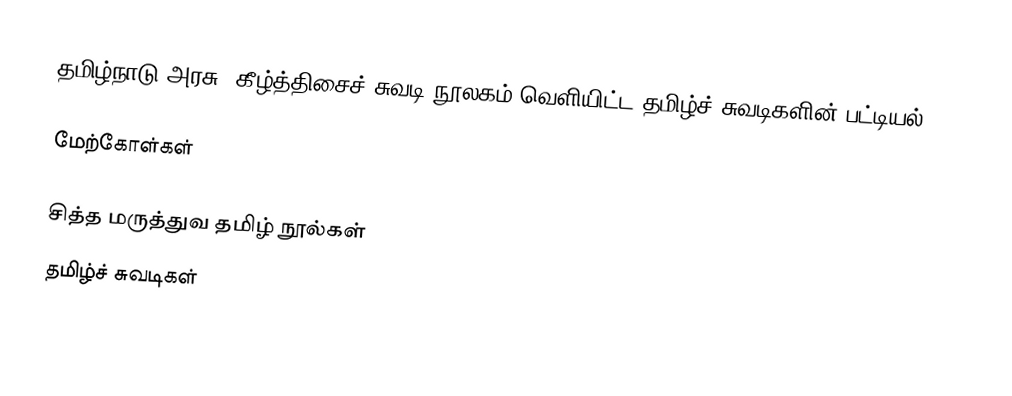
தமிழ்நாடு அரசு, கீழ்த்திசைச் சுவடி நூலகம் வெளியிட்ட தமிழ்ச் சுவடிகளின் பட்டியல்.

மேற்கோள்கள்

சித்த மருத்துவ தமிழ் நூல்கள்
தமிழ்ச் சுவடிகள்